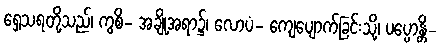
ရှေ့သရတို့သည်၊ ကွစိ- အချို့အရာ၌၊ လောပံ- ကျေပျောက်ခြင်းသို့၊ ပပ္ပောန္တိ-